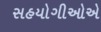
સહયોગીઓએ